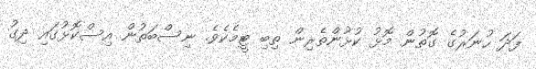
ފަދަ ހުނަރުގެ ގޮތުން މޮޅު ކުޅުންތެރިން ތިބި ޓީމެކެވެ. ނިސްބަތުން އިސްކޮޅުގައި ދިގު